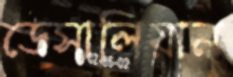
ডেসালিয়ান